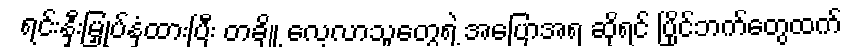
ရင်းနှီးမြှုပ်နှံထားပြီး တချို့ လေ့လာသူတွေရဲ့ အပြောအရ ဆိုရင် ပြိုင်ဘက်တွေထက်